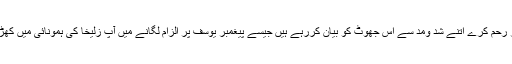
اللہ آپ پر رحم کرے اتنے شد ومد سے اس جھوٹ کو بیان کررہے ہیں جیسے پیغمبر یوسف پر الزام لگانے میں آپ زلیخا کی ہمونائی میں کھڑے تھے۔